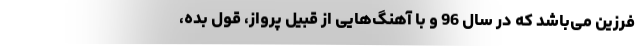
فرزین می‌باشد که در سال 96 و با آهنگ‌هایی از قبیل پرواز، قول بده،